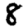
Digit: 8